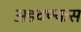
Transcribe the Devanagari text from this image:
अडवण्यास